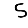
Digit: 5